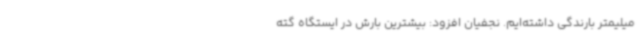
میلیمتر بارندگی داشته‌ایم. نجفیان افزود: بیشترین بارش در ایستگاه گته